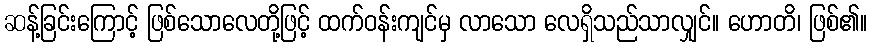
ဆန့်ခြင်းကြောင့် ဖြစ်သောလေတို့ဖြင့် ထက်ဝန်းကျင်မှ လာသော လေရှိသည်သာလျှင်။ ဟောတိ၊ ဖြစ်၏။